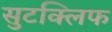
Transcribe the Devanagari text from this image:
सुटक्लिफ